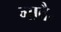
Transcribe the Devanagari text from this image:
गावै॰